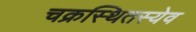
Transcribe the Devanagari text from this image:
चक्रस्थितस्येव